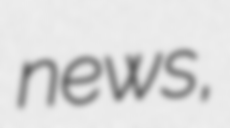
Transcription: news,